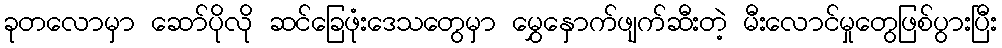
ခုတလောမှာ ဆော်ပိုလို ဆင်ခြေဖုံးဒေသတွေမှာ မွှေနှောက်ဖျက်ဆီးတဲ့ မီးလောင်မှုတွေဖြစ်ပွားပြီး